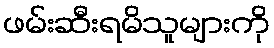
ဖမ်းဆီးရမိသူများကို